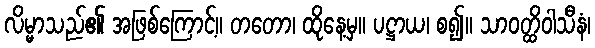
လိမ္မာသည်၏ အဖြစ်ကြောင့်။ တတော၊ ထိုနေ့မှ။ ပဋ္ဌာယ၊ စ၍။ သာဝတ္ထိဝါသီနံ၊